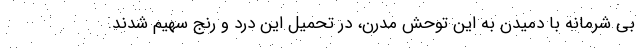
بی شرمانه با دمیدن به این توحش مدرن، در تحمیل این درد و رنج سهیم شدند.